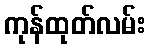
ကုန်ထုတ်လမ်း